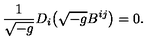
\frac { 1 } { \sqrt { - g } } D _ { i } \bigl ( \sqrt { - g } B ^ { i j } \bigr ) = 0 .